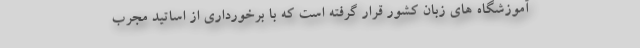
آموزشگاه های زبان کشور قرار گرفته است که با برخورداری از اساتید مجرب